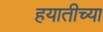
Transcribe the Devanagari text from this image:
हयातीच्या